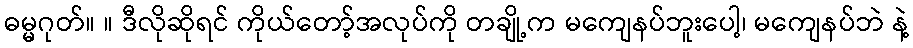
ဓမ္မဂုတ်။ ။ ဒီလိုဆိုရင် ကိုယ်တော့်အလုပ်ကို တချို့က မကျေနပ်ဘူးပေါ့၊ မကျေနပ်ဘဲ နဲ့